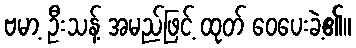
ဗမာ့ ဦးသန့် အမည်ဖြင့် ထုတ် ဝေပေးခဲ့၏။